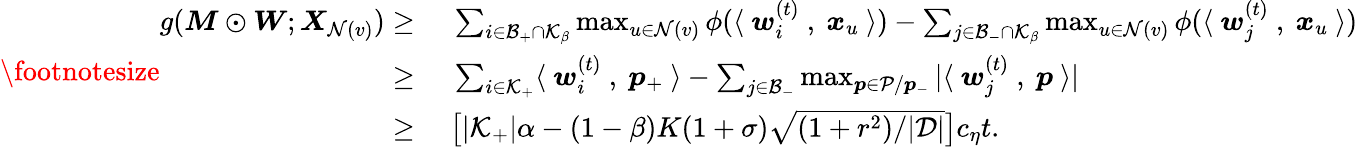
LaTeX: \footnotesize\begin{array}{rl}{g({\boldsymbol M}\odot{\boldsymbol W};{\boldsymbol X}_{\mathcal{N}(v)})\ge}&{~\sum_{i\in\mathcal{B}_{+}\cap\mathcal{K}_{\beta}}\operatorname*{max}_{u\in\mathcal{N}(v)}\phi(\langle~{\boldsymbol w}_{i}^{(t)}~,~{\boldsymbol x}_{u}~\rangle)-\sum_{j\in\mathcal{B}_{-}\cap\mathcal{K}_{\beta}}\operatorname*{max}_{u\in\mathcal{N}(v)}\phi(\langle~{\boldsymbol w}_{j}^{(t)}~,~{\boldsymbol x}_{u}~\rangle)}\\ {\ge}&{~\textstyle\sum_{i\in\mathcal{K}_{+}}\langle~{\boldsymbol w}_{i}^{(t)}~,~{\boldsymbol p}_{+}~\rangle-\sum_{j\in\mathcal{B}_{-}}\operatorname*{max}_{{\boldsymbol p}\in\mathcal{P}/{\boldsymbol p}_{-}}|\langle~{\boldsymbol w}_{j}^{(t)}~,~{\boldsymbol p}~\rangle|}\\ {\ge}&{~\big[|\mathcal{K}_{+}|\alpha-(1-\beta)K(1+\sigma)\sqrt{(1+r^{2})/|\mathcal{D}|}\big]c_{\eta}t.}\end{array}